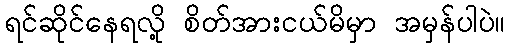
ရင်ဆိုင်နေရလို့ စိတ်အားငယ်မိမှာ အမှန်ပါပဲ။